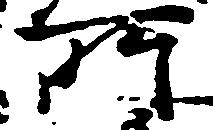
所